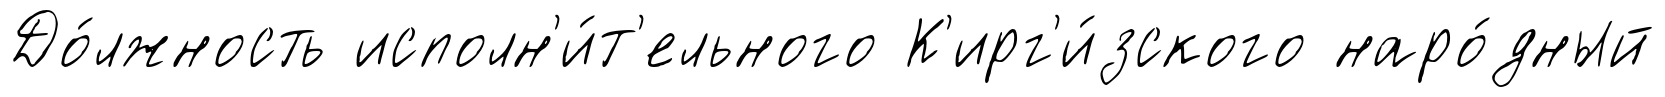
До́лжность исполн'и́т'ельного К'ирг'и́зского наро́дный